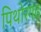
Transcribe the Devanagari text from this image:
पिथोरगढ़